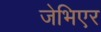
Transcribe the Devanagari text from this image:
जेभिएर